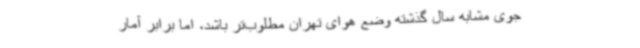
جوی مشابه‌ سال گذشته وضع هوای تهران مطلوب‌تر باشد، اما برابر آمار